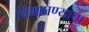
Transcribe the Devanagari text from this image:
चिमठाण्याचा